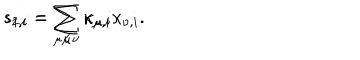
s _ { 1 , i } = \sum _ { \mu } \kappa _ { \mu , i } \hspace { 1 i n } s _ { 2 , i } = \sum _ { \mu < \nu } \kappa _ { \mu , i } \kappa _ { \nu , i } .